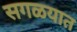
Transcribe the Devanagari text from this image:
सगळयात